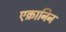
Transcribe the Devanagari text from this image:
एक्रानिन